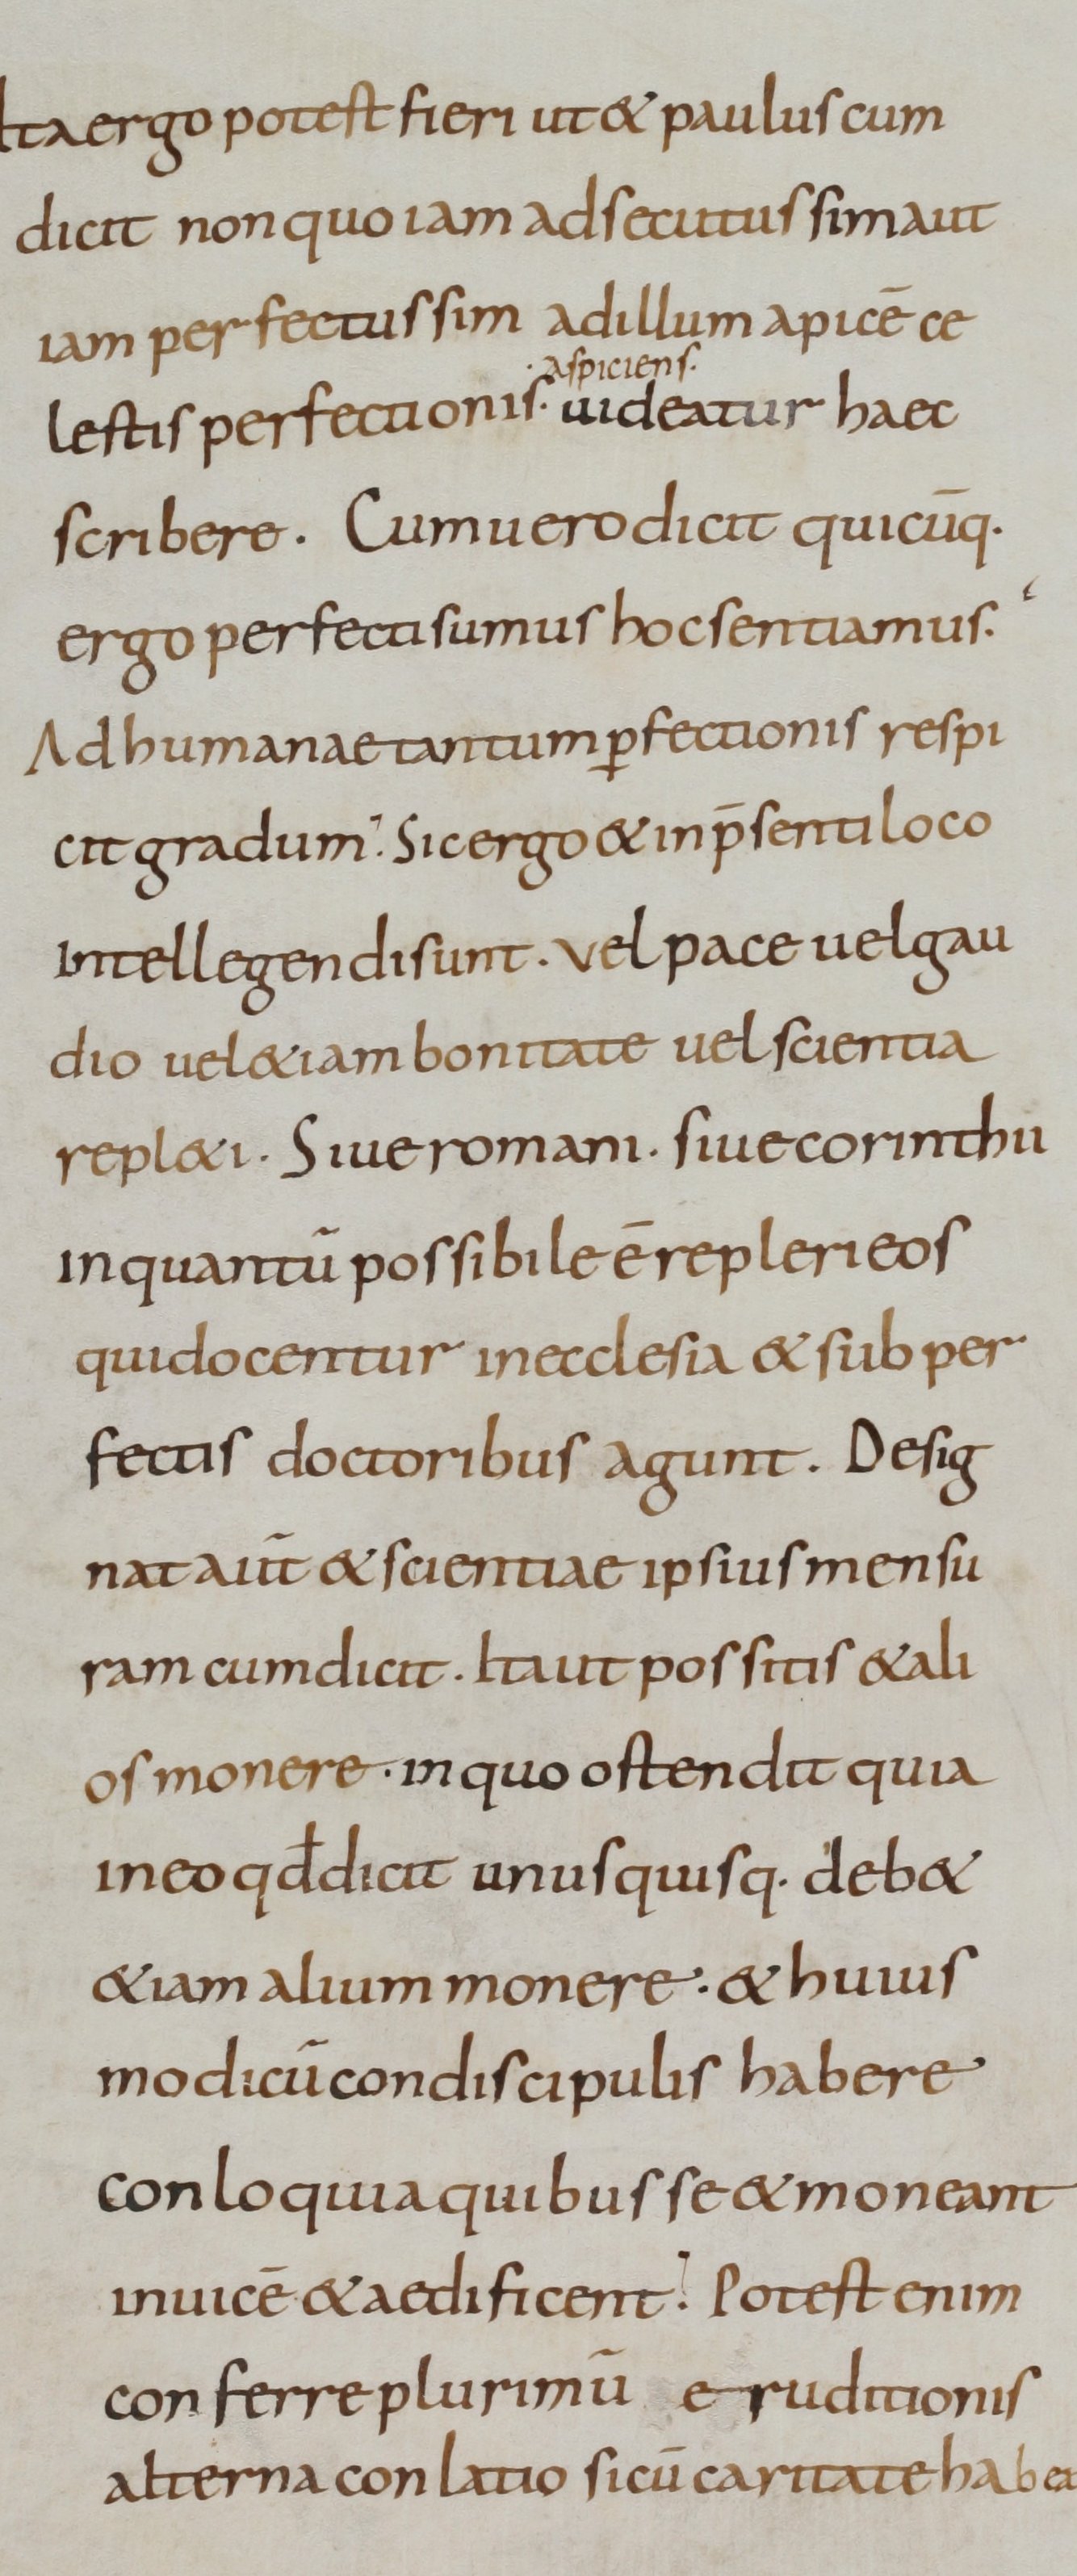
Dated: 800–899